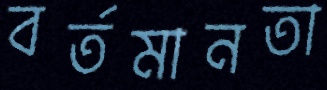
বর্তমানতা